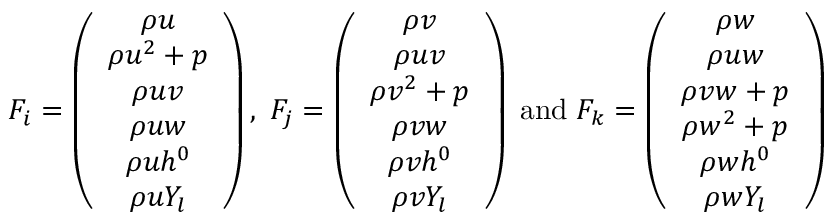
F _ { i } = \left( \begin{array} { c } { \rho { u } } \\ { \rho { u ^ { 2 } } + p } \\ { \rho { u v } } \\ { \rho { u w } } \\ { \rho { u h ^ { 0 } } } \\ { \rho { u Y _ { l } } } \end{array} \right) , \; F _ { j } = \left( \begin{array} { c } { \rho { v } } \\ { \rho { u v } } \\ { \rho { v ^ { 2 } } + p } \\ { \rho { v w } } \\ { \rho { v h ^ { 0 } } } \\ { \rho { v Y _ { l } } } \end{array} \right) \; \mathrm { a n d } \; F _ { k } = \left( \begin{array} { c } { \rho { w } } \\ { \rho { u w } } \\ { \rho { v w } + p } \\ { \rho { w ^ { 2 } } + p } \\ { \rho { w h ^ { 0 } } } \\ { \rho { w Y _ { l } } } \end{array} \right)